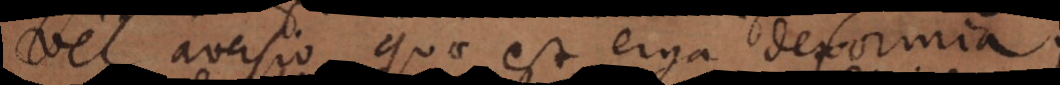
vel aversio quae est erga deformia